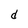
Character: d